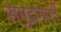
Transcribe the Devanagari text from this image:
समुद्रामार्गी